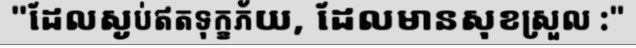
"ដែលស្ងប់ឥតទុក្ខភ័យ, ដែលមានសុខស្រួល :"